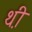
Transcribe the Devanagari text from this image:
थ़ी